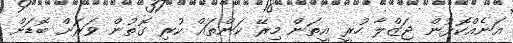
އަނެއްކޮޅުން ޖަޒްލާ ހުރީ އީތަން މިރޭ ކަންތައް ކުރި ގޮތުން ވަރަށް ބޮޑަށް